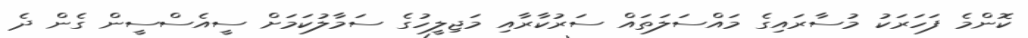
ކޮންމެ ފަހަރަކު މުސާރައިގެ މައްސަލަތައް ސަރުކާރާއި މަޖިލީހުގެ ސަމާލުކަމަށް ސީއެސްސީން ގެން ދެ